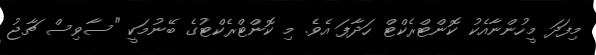
މިފަދަ މީހުންނާއެކު ކޮންޓްރެކްޓް ހަދާފަ އެވެ. މި ކޮންޓްރެކްޓުގެ ބޭނުމަކީ "ސާވިސް ޗާޖު